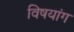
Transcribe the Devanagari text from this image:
विषयांग